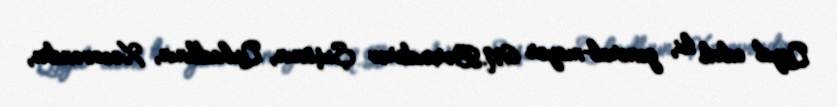
Qeyd edək ki, general-mayor M.Bərxudarov Şuşanın, Qubadlının, Xocəvəndin,